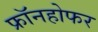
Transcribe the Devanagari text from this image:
फ्रॉनहोफर